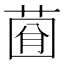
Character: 𦴠